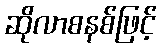
ဆိုလာစနစ်ဖြင့်